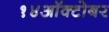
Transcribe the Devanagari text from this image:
१४ऑक्टोबर